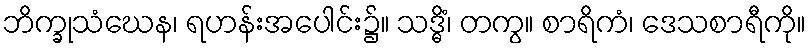
ဘိက္ခုသံဃေန၊ ရဟန်းအပေါင်း၌။ သဒ္ဓိံ၊ တကွ။ စာရိကံ၊ ဒေသစာရီကို။